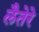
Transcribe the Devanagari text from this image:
लैतेरे